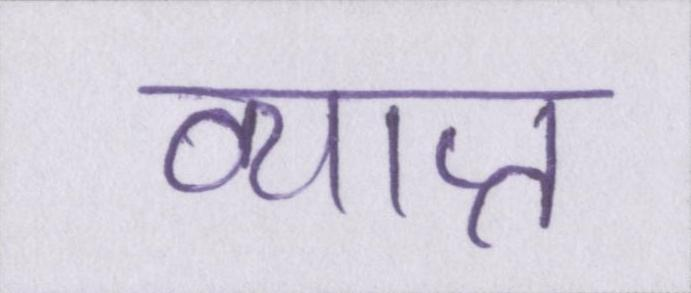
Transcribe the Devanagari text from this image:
व्याप्त